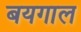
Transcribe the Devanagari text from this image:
बयगाल